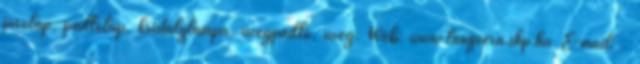
járólap, padlólap, kristálylámpa, üvegpadló, üveg. Web: www.langvera.shp.hu E-mail: .